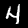
Label: 4